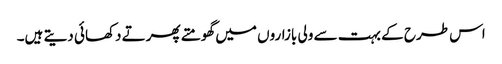
اس طرح کے بہت سے ولی بازاروں میں گھومتے پھرتے دکھائی دیتے ہیں۔